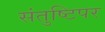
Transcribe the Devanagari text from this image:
संतुष्टिपर